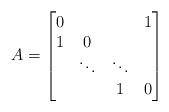
LaTeX: \begin{align*}A=\left[\begin{matrix}0 & & & 1\\1 & 0\\& \ddots & \ddots\\& & 1 & 0\end{matrix}\right]\end{align*}